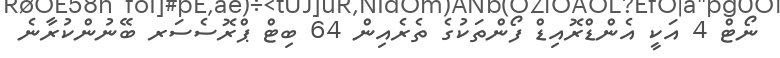
ނޯޓް 4 އަކީ އެންޑްރޮއިޑް ފޯންތަކުގެ ތެރެއިން 64 ބިޓް ޕްރޮސެސަރ ބޭނުންކުރާނެ